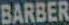
BARBER